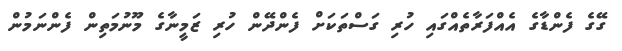
ގޭގެ ފެންޑާގެ އެއްފަރާތެއްގައި ހުރި ގަސްތަކަށް ފެންދޭން ހުރި ޒަމީނާގެ މޫނުމަތިން ފެންނަމުން